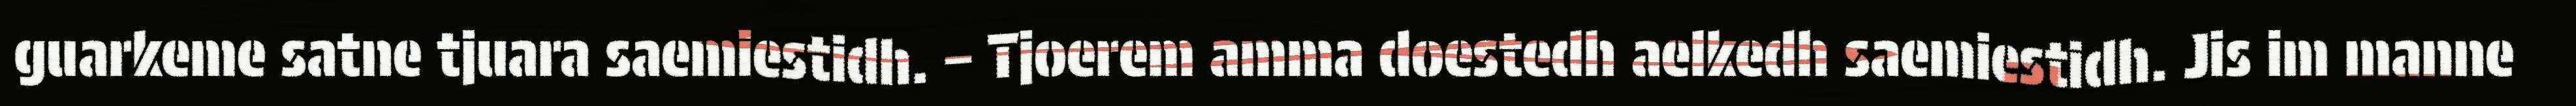
guarkeme satne tjuara saemiestidh. – Tjoerem amma doestedh aelkedh saemiestidh. Jis im manne